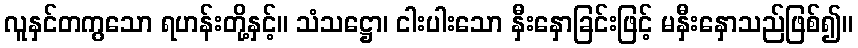
လူနှင်တကွသော ရဟန်းတို့နှင့်။ သံသဋ္ဌော၊ ငါးပါးသော နှီးနှောခြင်းဖြင့် မနှီးနှောသည်ဖြစ်၍။